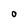
Character: O